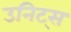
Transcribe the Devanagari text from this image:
उनिट्स